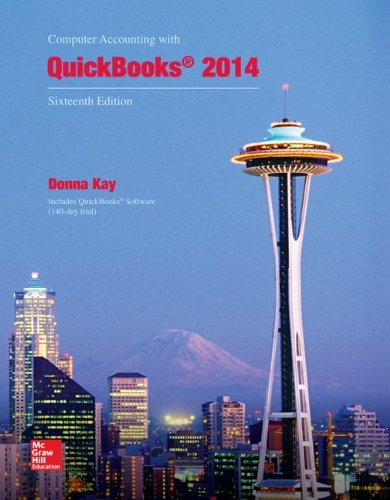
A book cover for Computer Accounting with QuickBooks 2014; Donna Kay; Computers & Technology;